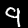
Label: 9